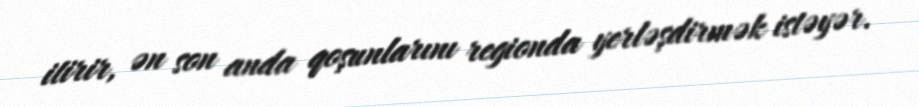
itirir, ən son anda qoşunlarını regionda yerləşdirmək istəyər.